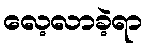
လေ့လာခဲ့ရာ